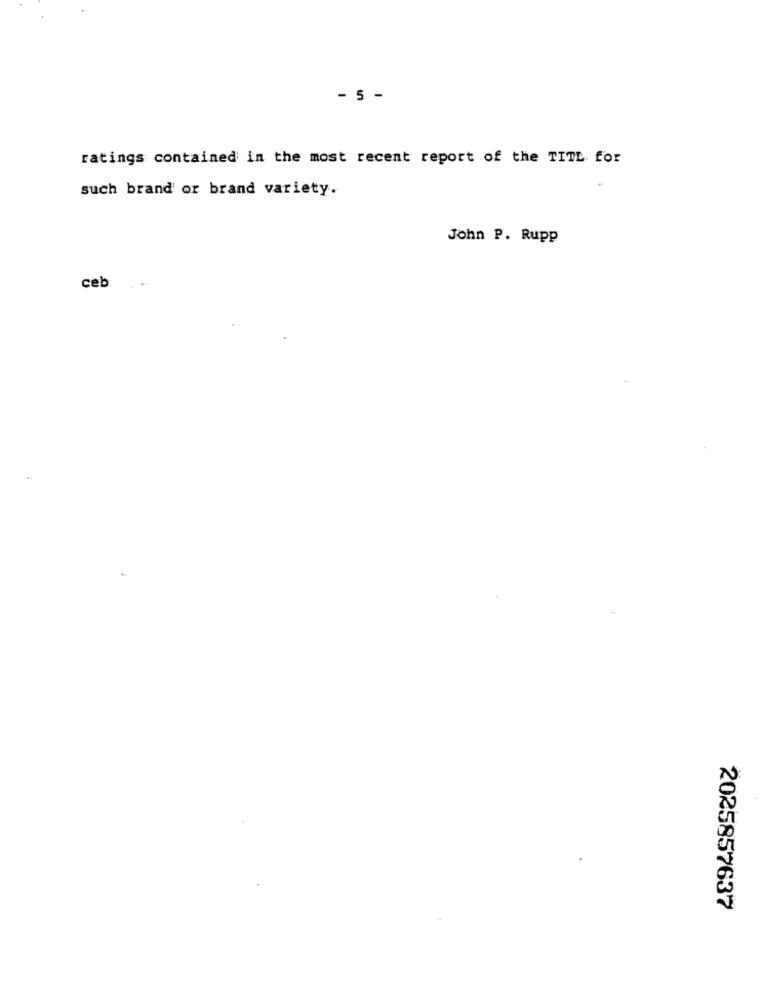
- 5 -
ratings contained in the most recent report of the TITL for
such brand or brand variety.
John P. Rupp
ceb:
2025857637